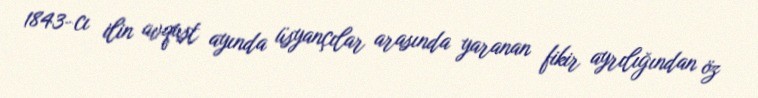
1843-cı ilin avqust ayında üsyançılar arasında yaranan fikir ayrılığından öz